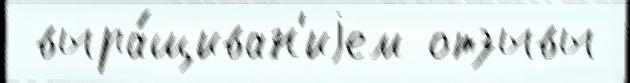
 выра́щиван'иjем отзывы